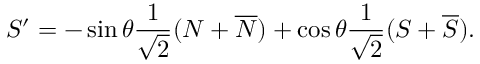
S ^ { \prime } = - \sin \theta \frac { 1 } { \sqrt 2 } ( N + \overline { { N } } ) + \cos \theta \frac { 1 } { \sqrt 2 } ( S + \overline { { S } } ) .